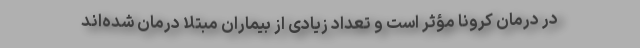
در درمان کرونا مؤثر است و تعداد زیادی از بیماران مبتلا درمان شده‌اند